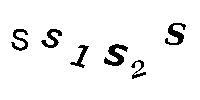
SS1S2S